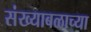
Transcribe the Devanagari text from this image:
संख्याबळाच्या